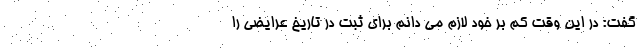
گفت: در این وقت کم بر خود لازم می دانم برای ثبت در تاریخ عرایضی را